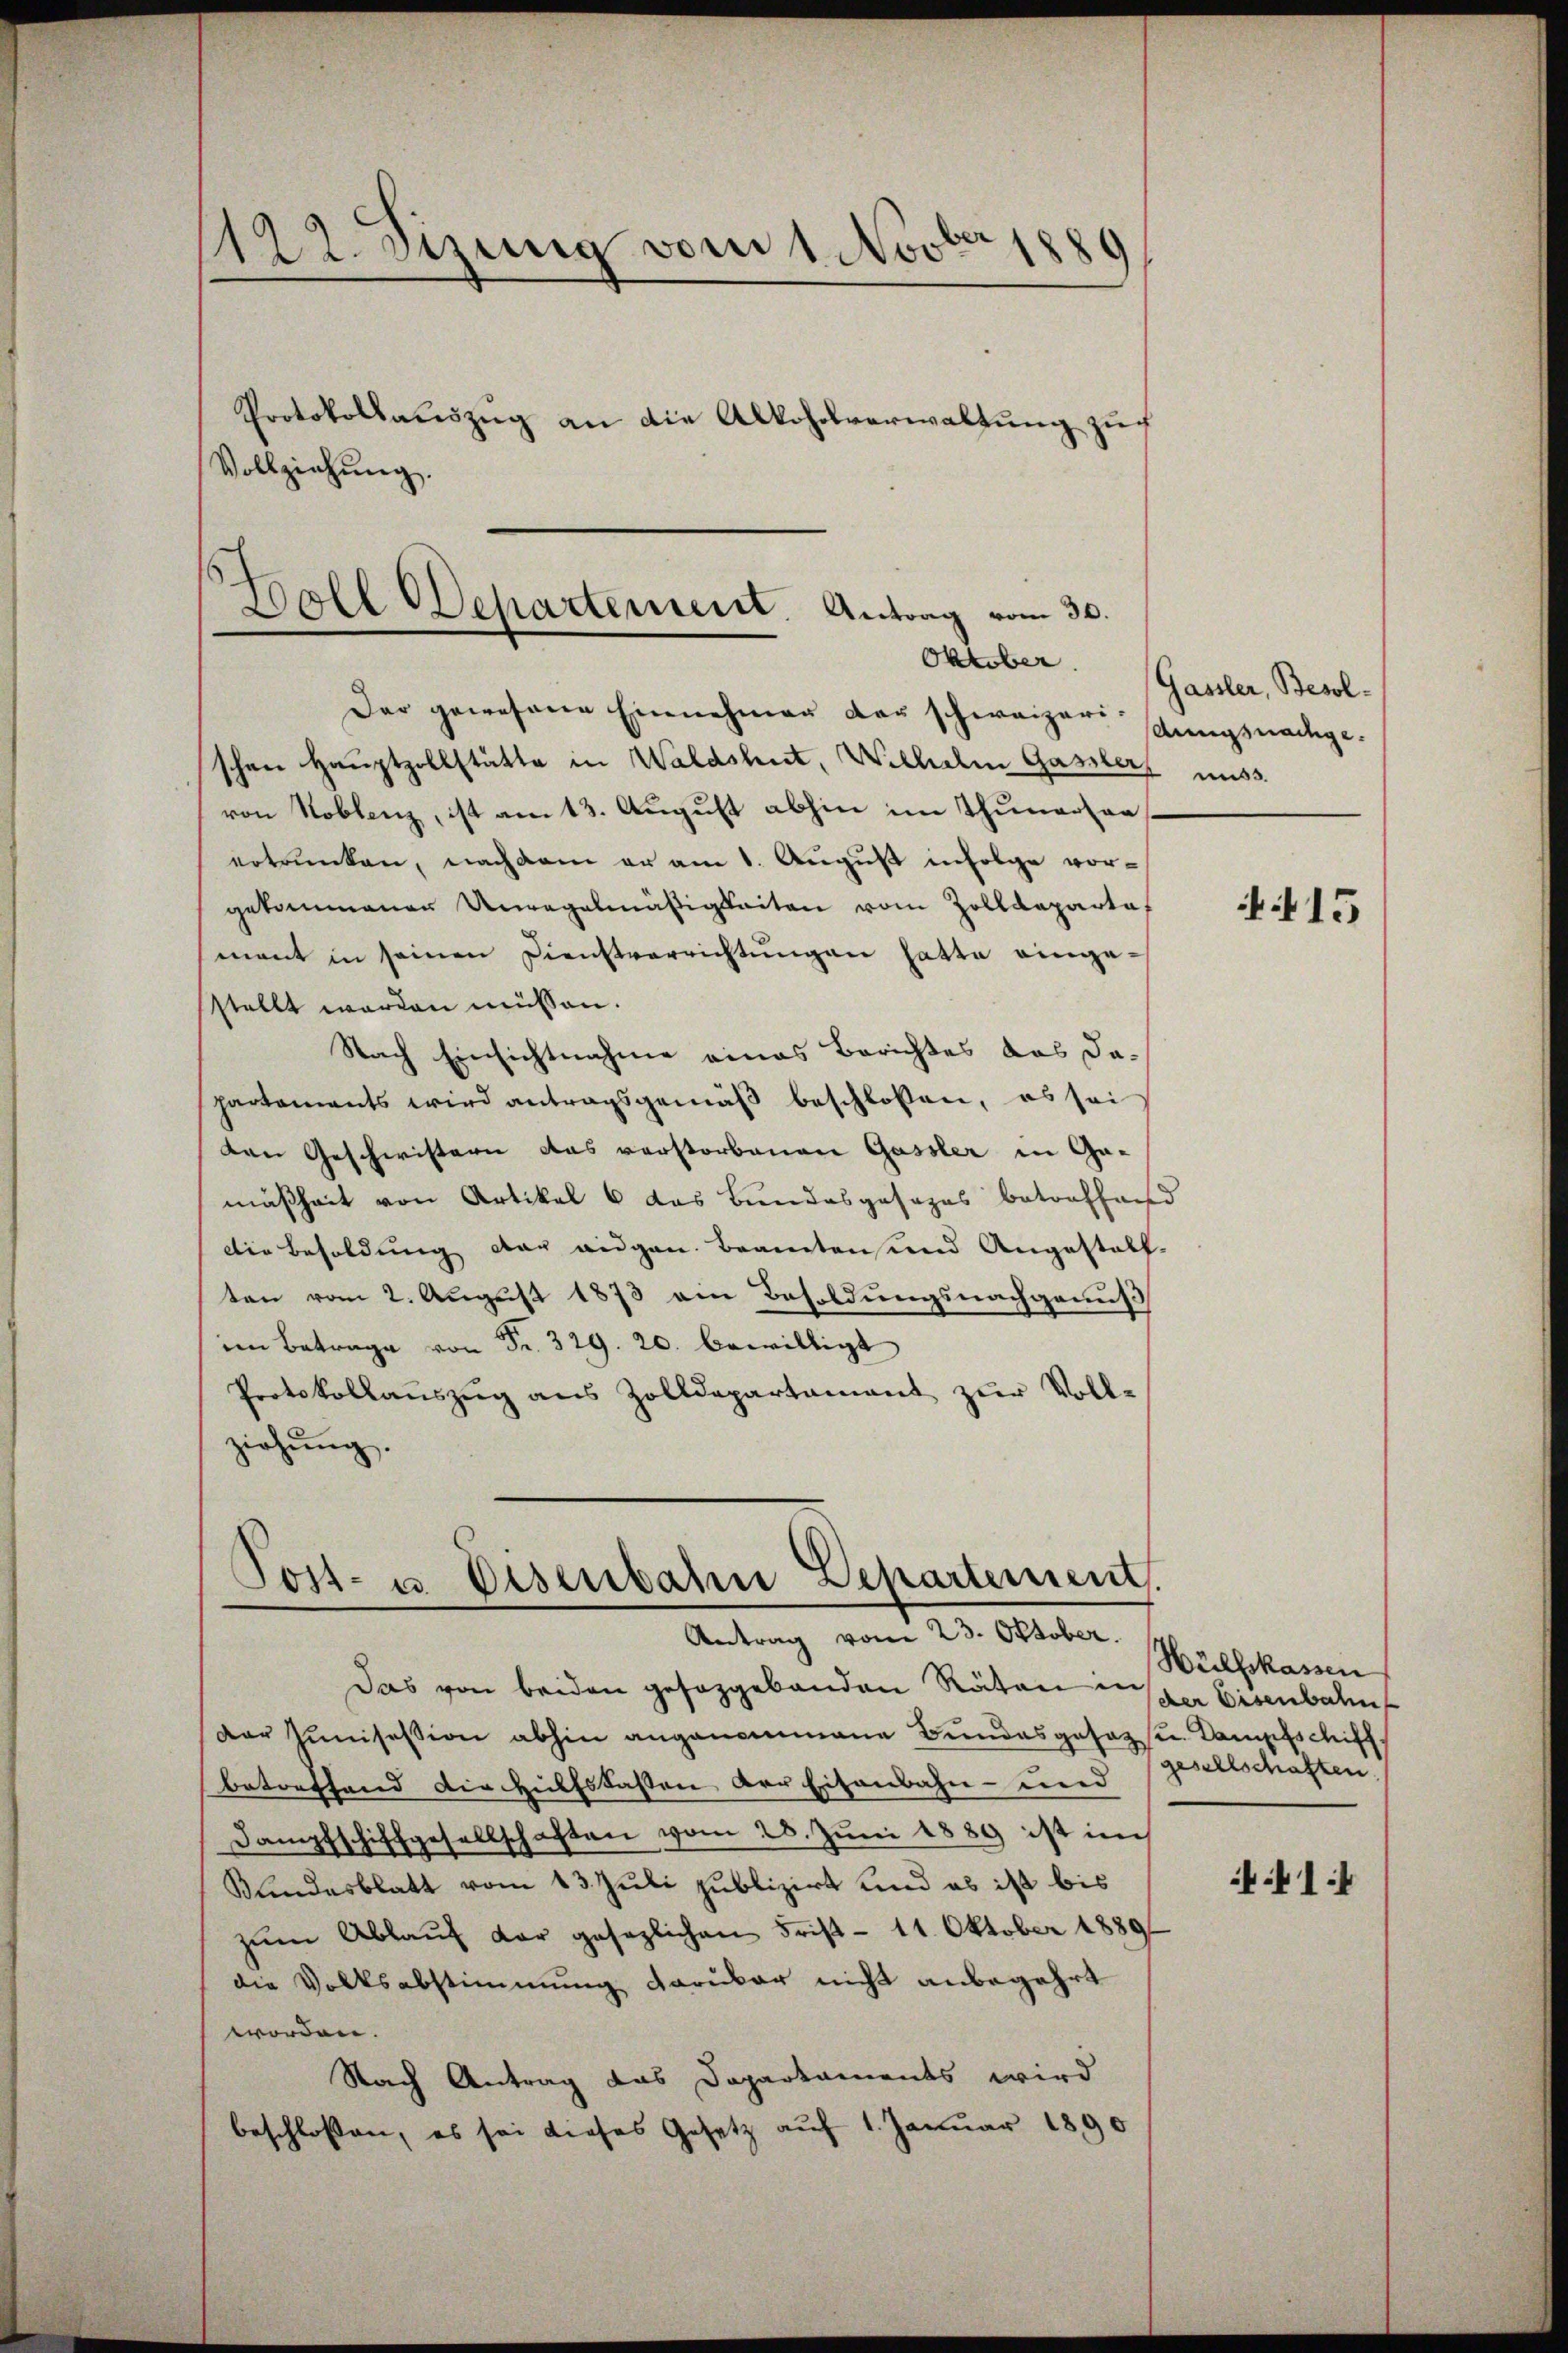
1122. Sizung vom 1. Novber 1889
Protokollauszug an die Alkoholverwaltung zuf
Vollziehung.

Boll Departement. Antrag vom 30.
Der gewesene Einnehmer der schweizerischen Hauptzollstätte in Waldshut, Wilhelm Gasslers muss.

von Roblenz, ist am 13. August abhin im Thunerton
ertrunken, nachdem er am 1. August infolge vorgekommenen Unregelmäßigkeiten vom Zolldepartof
mant in seinen Dienstverrichtungen hatte eingesstellt worden müssen.
Nach Einsichtnahme eines Berichtes das dapartements wird antragsgemäß beschlossen, es sei
den Geschwistern das verstorbenen Gassler in Gemäßheit von Artikal 6 das Bundesgesezes betreffend
Die Besoldung der eigen Beamtensend Angestall-
ten vom 2. August 1873 ein Besoldungsnachgenuß
im Betrage von Fr. 329. 20. bewilligt
Protokollauszug aus Zolldepartement zur Voll-
ziehung.

Post- u. Eisenbahn Departement.
Antrag vom 23. Oktober.

Das von beiden gesaggebanden Räten in der Eisenbahn
Der Junisession abhin angenommene Bundesgesage. Dampfschiffbetreffend die Hülfskassen der Eisenbahn- und
Dampfschiffgesellschaften vom 28. Juni 1889 ist im
Kundesblatt vom 13. Juli publizirt und es ist bis
zŭm Ablaŭf der gesezlichen Frist- 11. Oktober 1889
die Volksabstimmung darüber nicht anbegehrt
worden.
Nach Antrag das Daparkaments wird
beschlossen, es sei dieses Gesetz auf 1. Januar 1890

Oktober. Gasler, Besoldungsnachge¬

15

Hülfskassen
gesellschaften.

14